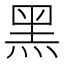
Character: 黑